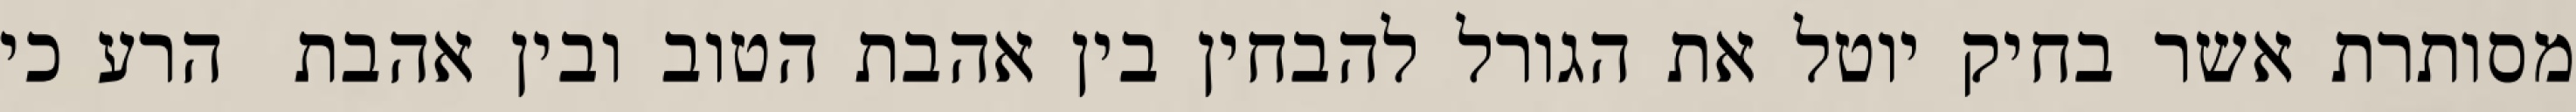
מסותרת אשר בחיק יוטל את הגורל להבחין בין אהבת הטוב ובין אהבת  הרע כי